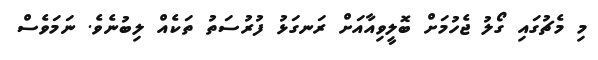
މި މެޗުގައި ގޯލު ޖެހުމަށް ބޮލީވިއާއަށް ރަނގަޅު ފުރުސަތު ތަކެއް ލިބުނެވެ. ނަމަވެސް